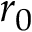
r _ { 0 }